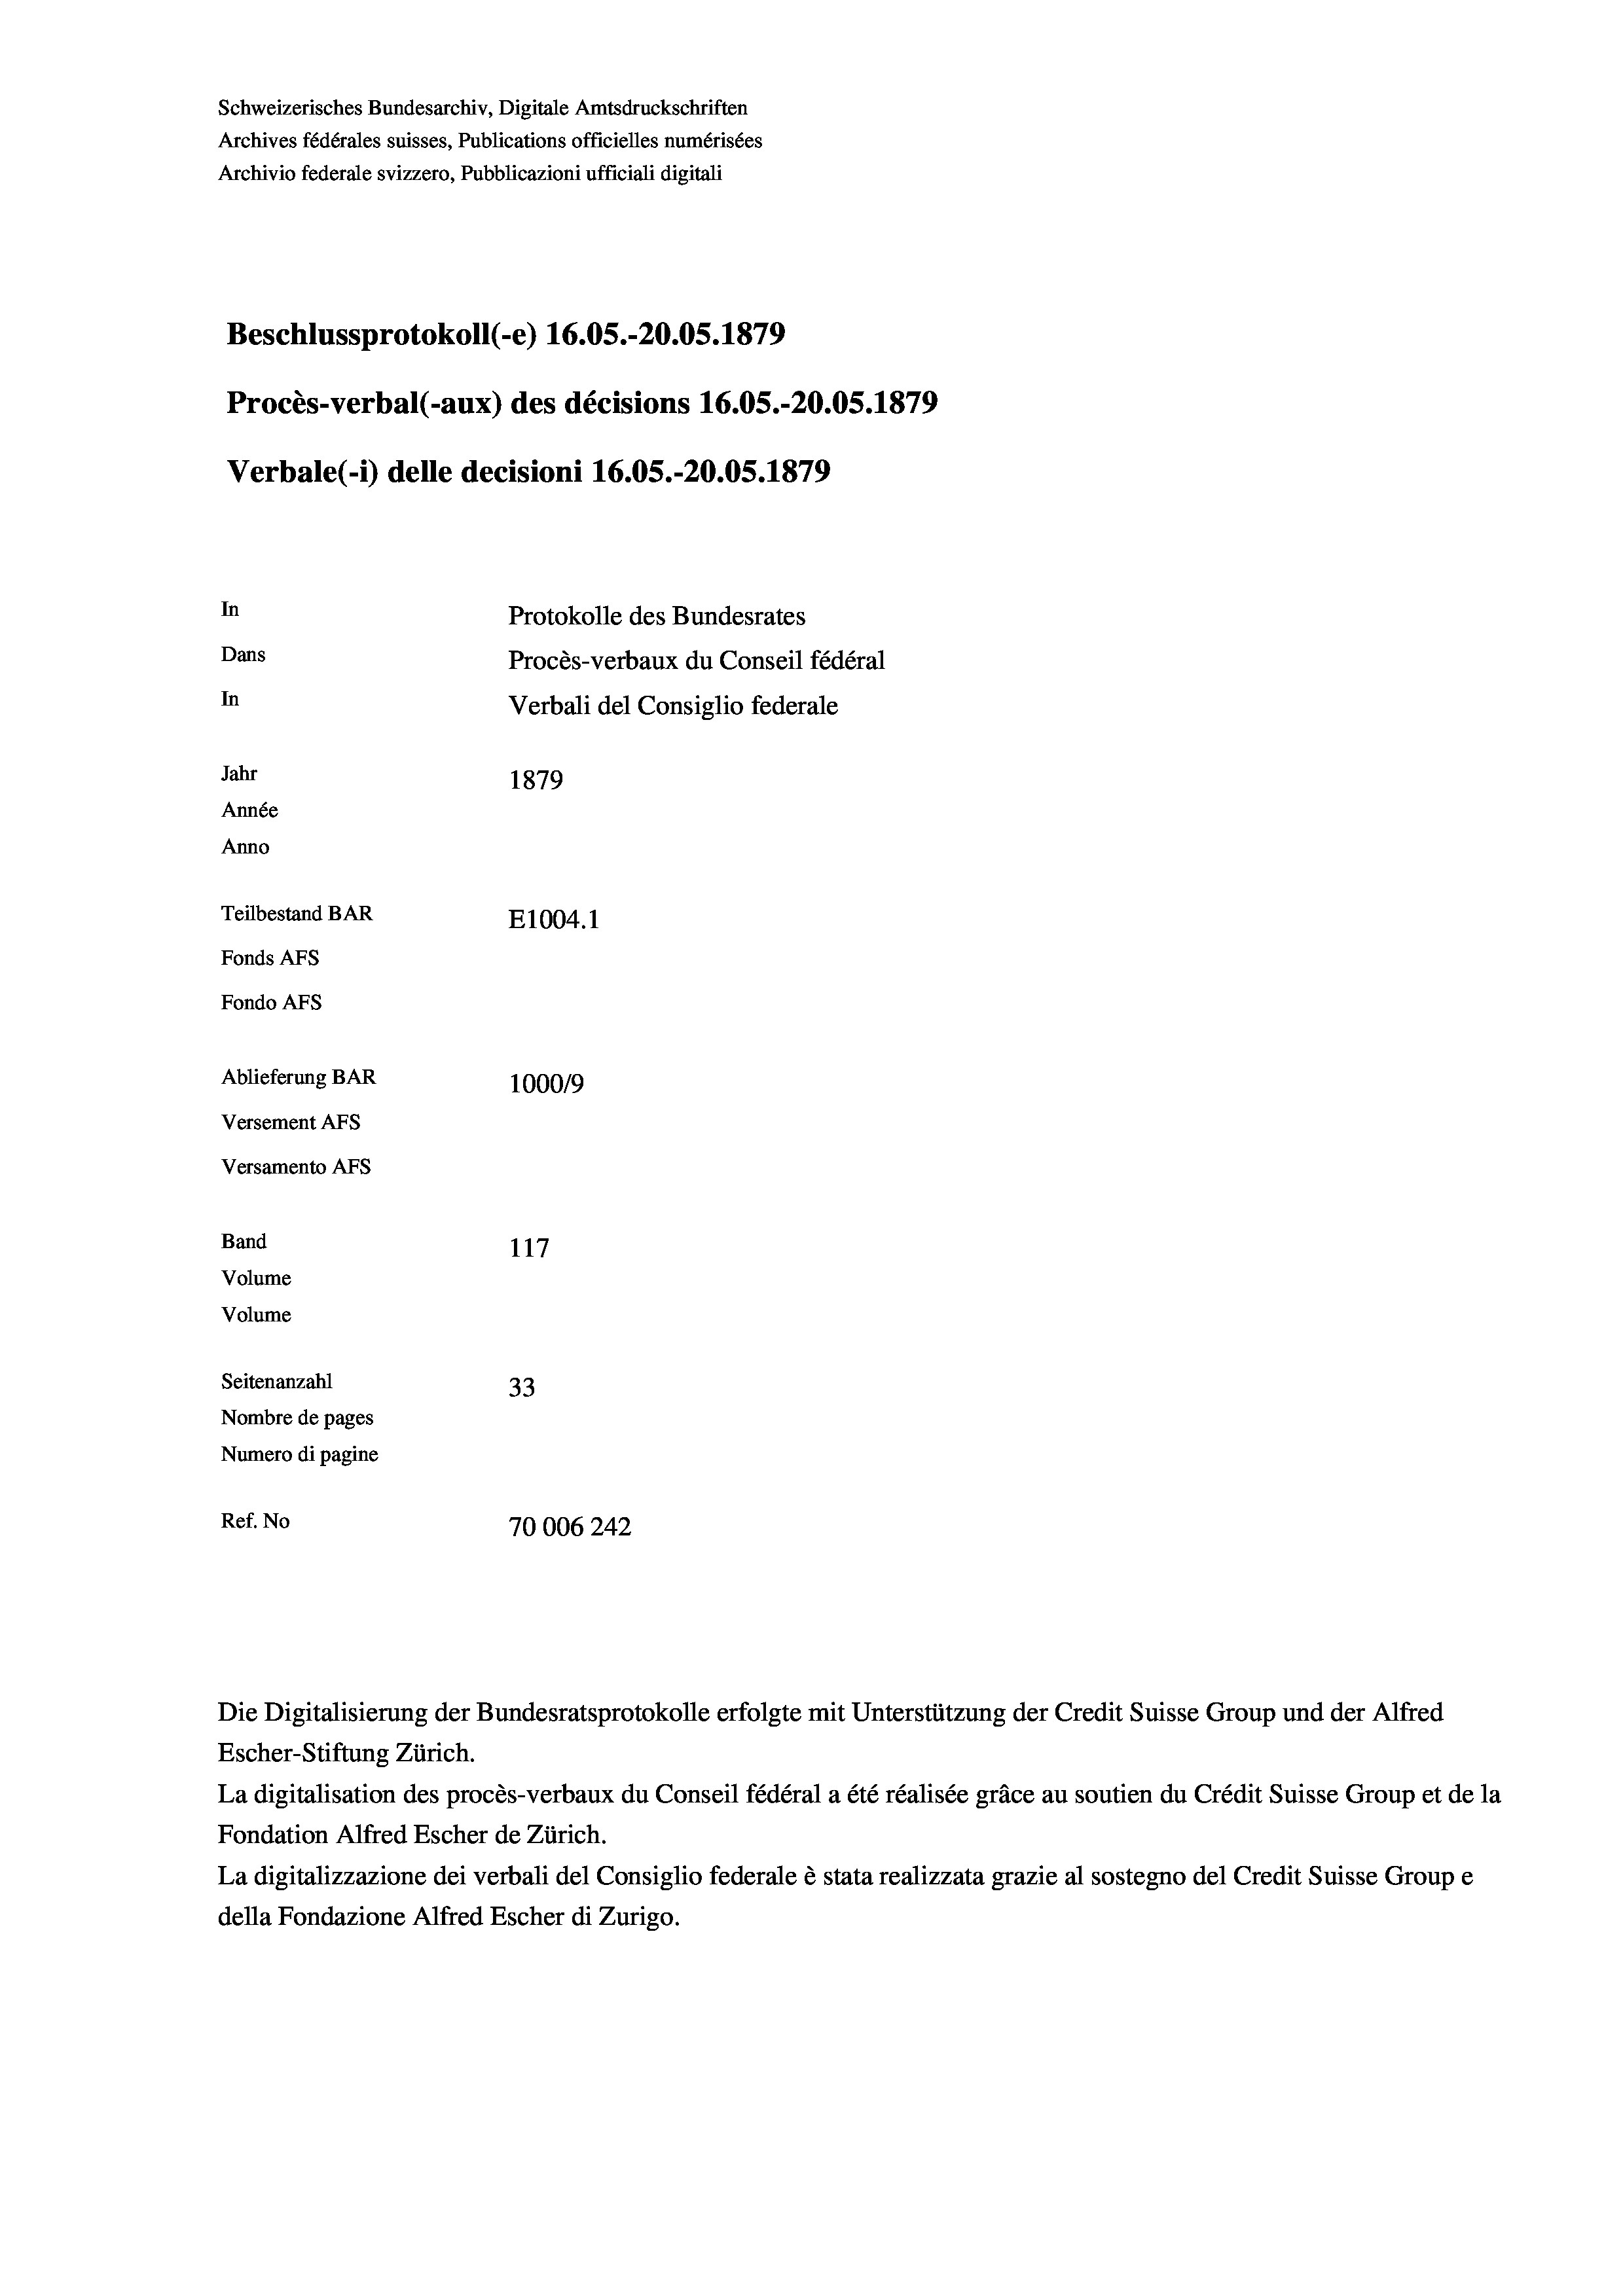
Schweizerisches Bundesarchiv, Digitale Amtsdruckschriften
Archives fédérales suisses, Publications officielles numérisées
Archivio federale svizzero, Pubblicazioni ufficiali digitali
Beschlussprotokoll (-e) 16.05.-20.05. 1879
Procès-verbal (-aux) des décisions 16.05.-20.05. 1879
Verbale (1) delle decisioni 16.05.-20.05. 1879
In
Protokolle des Bundesrates
Dans
Procès-verbaux du Conseil fédéral
In
Verbali del Consiglio federale
Jahr
1879
Année
Anno
Teilbestand BAR
E1004. 1
Fonds AFs
Fondo Afs
Ablieferung BAR
100019
Versement AFs
Versamento AFS
Band
117
Volume
Volume
Seitenanzahl
33
Nombre de pages
Numero di pagine
Ref. No
70006242

Escher-Stiftung Zürich.

La digitalisation des procès-verbaux du Conseil fédéral a été réalisée gräce au soutien du Crédit Suisse Group et de la
Fondation Alfred Escher de Zürich.
La digitalizzazione dei verbali del Consiglio federale è stata realizzata grazie al sostegno del Credit Suisse Groupe
della Fondazione Alfred Escher di Zurigo.

Die Digitalisierung der Bundesratsprotokolle erfolgte mit Unterstützung der Credit Suisse Group und der Alfred